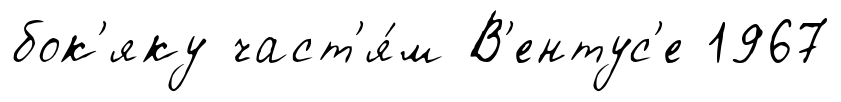
бок'яку част'я́м В'ентус'е 1967